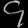
Digit: ၄